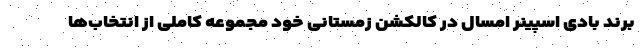
برند بادی اسپینر امسال در کالکشن زمستانی خود مجموعه کاملی از انتخاب‌ها